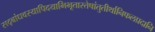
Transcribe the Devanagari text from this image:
सद्बांधवस्यापिदयाभिभूतास्तेषांतुतीर्थानिफलप्रदानि